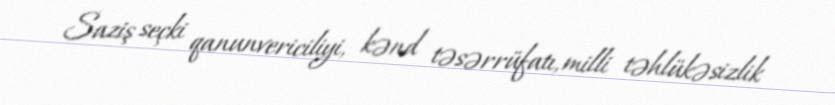
Saziş seçki qanunvericiliyi, kənd təsərrüfatı, milli təhlükəsizlik